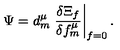
\Psi = d _ { m } ^ { \mu } \left. \frac { \delta \Xi _ { f } } { \delta f _ { m } ^ { \mu } } \right| _ { f = 0 } .